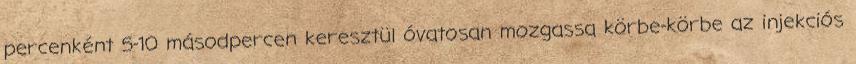
percenként 5-10 másodpercen keresztül óvatosan mozgassa körbe-körbe az injekciós